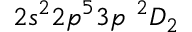
2 s ^ { 2 } 2 p ^ { 5 } 3 p \ ^ { 2 } D _ { 2 }